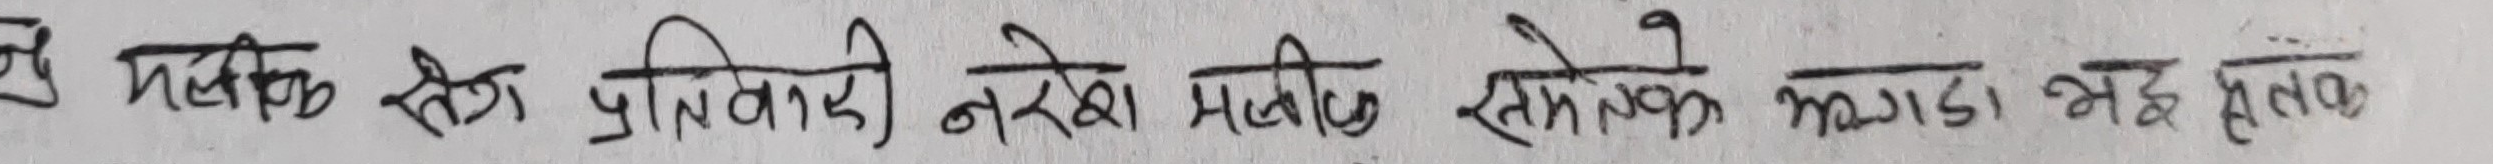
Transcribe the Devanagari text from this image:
हे प्रत्येक क्षेत्रका प्रतिनिधि नरेश मालीले सम्झेका कागडा भइ हालो ।